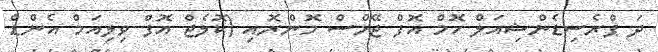
ދަ ޕްރެސިޑެންޝިއަލް ހޮމް އޮފް ޖޭމްސް މޮންރޮއި (ކޮލެޖް އޮފް ވިލިއަމް އެންޑް